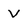
Character: V